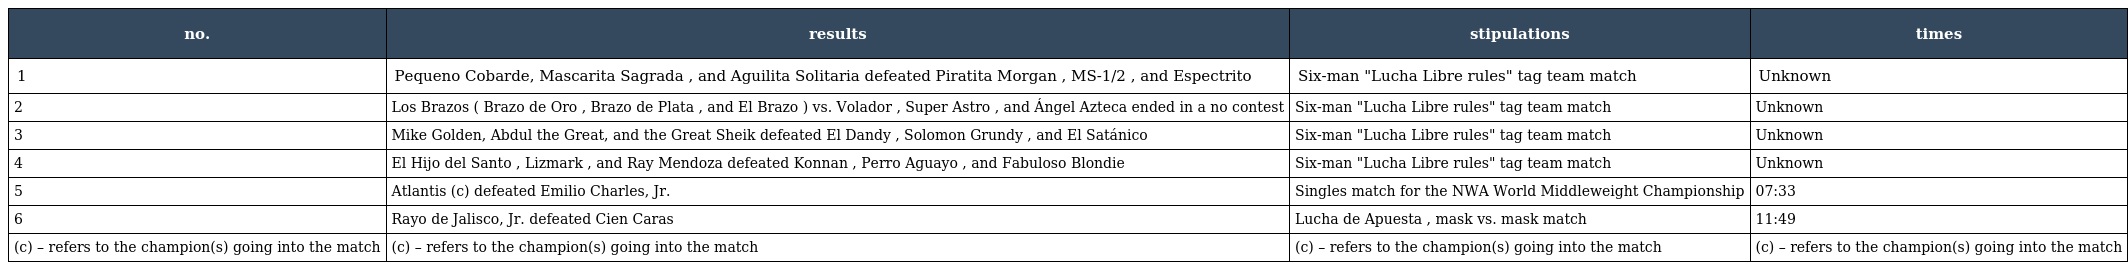
| no. | results | stipulations | times |
 | --- | --- | --- | --- |
 | 1 | Pequeno Cobarde, Mascarita Sagrada , and Aguilita Solitaria defeated Piratita Morgan , MS-1/2 , and Espectrito | Six-man "Lucha Libre rules" tag team match | Unknown |
 | 2 | Los Brazos ( Brazo de Oro , Brazo de Plata , and El Brazo ) vs. Volador , Super Astro , and Ángel Azteca ended in a no contest | Six-man "Lucha Libre rules" tag team match | Unknown |
 | 3 | Mike Golden, Abdul the Great, and the Great Sheik defeated El Dandy , Solomon Grundy , and El Satánico | Six-man "Lucha Libre rules" tag team match | Unknown |
 | 4 | El Hijo del Santo , Lizmark , and Ray Mendoza defeated Konnan , Perro Aguayo , and Fabuloso Blondie | Six-man "Lucha Libre rules" tag team match | Unknown |
 | 5 | Atlantis (c) defeated Emilio Charles, Jr. | Singles match for the NWA World Middleweight Championship | 07:33 |
 | 6 | Rayo de Jalisco, Jr. defeated Cien Caras | Lucha de Apuesta , mask vs. mask match | 11:49 |
 | (c) – refers to the champion(s) going into the match | (c) – refers to the champion(s) going into the match | (c) – refers to the champion(s) going into the match | (c) – refers to the champion(s) going into the match |